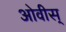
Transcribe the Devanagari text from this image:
ओवीस्